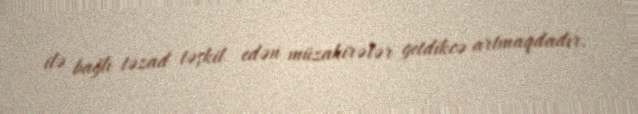
ilə bağlı təzad təşkil edən müzakirələr getdikcə artmaqdadır.